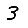
Digit: 3